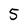
Character: 5